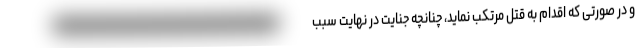
و در صورتی که اقدام به قتل مرتکب نماید، چنانچه جنایت در نهایت سبب